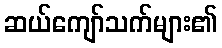
ဆယ်ကျော်သက်များ၏